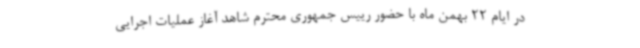
در ایام 22 بهمن ماه با حضور رییس جمهوری محترم شاهد آغاز عملیات اجرایی